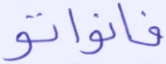
فانواتو